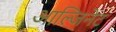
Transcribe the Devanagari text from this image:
आल्जिनेट